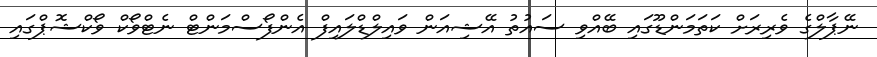
ނޭޕާލްގެ ވެރިރަށް ކަތަމަންޑޫގައި ބޭއްވި ސައުތު އޭޝިއަން ވައިލްޑްލައިފް އެންފޯސްމަންޓް ނެޓްވޯކް ވޯކްޝޮޕްގައި